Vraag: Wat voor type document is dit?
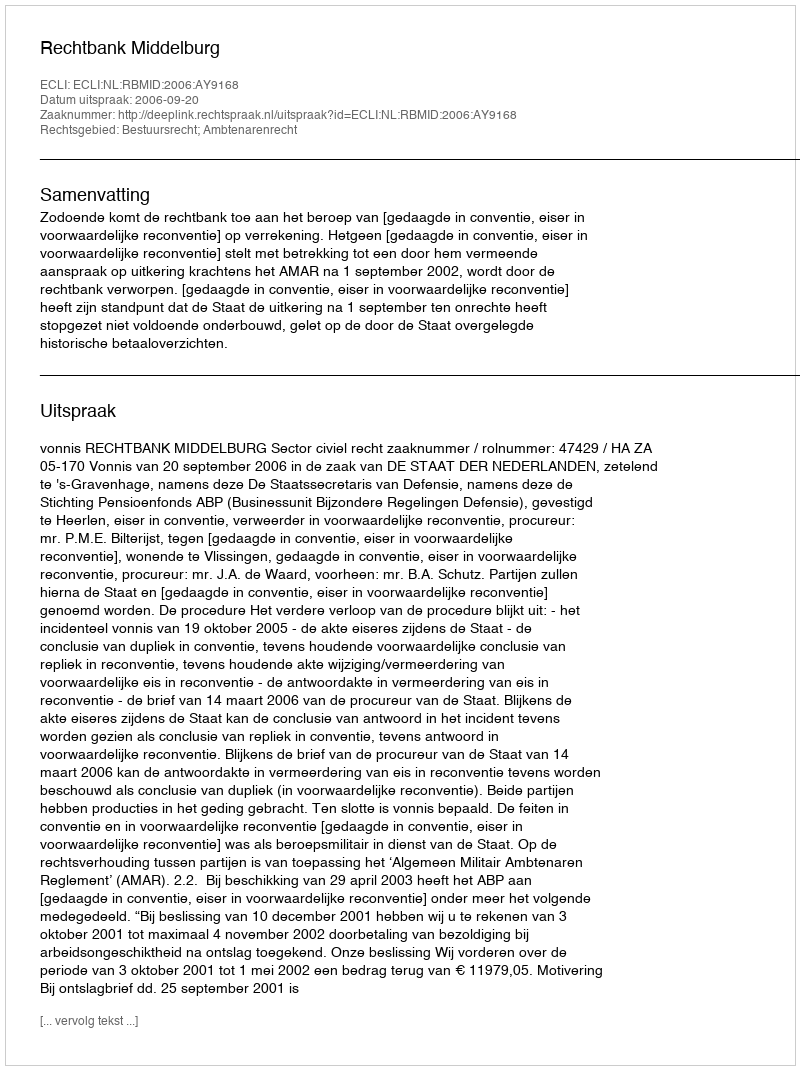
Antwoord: Uitspraak